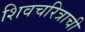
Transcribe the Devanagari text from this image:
शिवचरित्राची